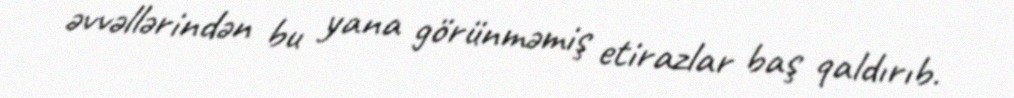
əvvəllərindən bu yana görünməmiş etirazlar baş qaldırıb.